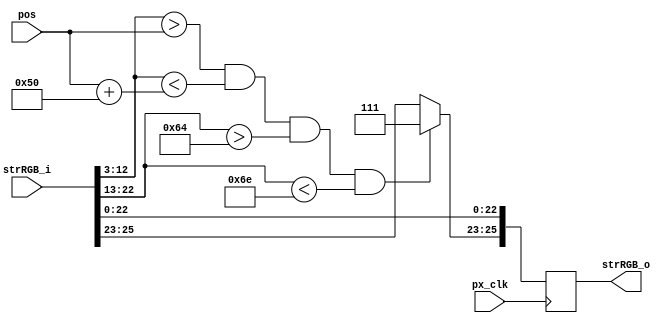
////////////////////////////////////////////////////////////////////////////////
// Company:     Ridotech
// Module Name: player.v
//
// Description: Draw a player in a stream RGB.
//
// Dependencies: 
//
// Revisions: 
//     0.01 - File created.
//
// Additional Comments:
//
////////////////////////////////////////////////////////////////////////////////
module player
#(
   parameter type_ply = 1'b0,      // Type of player. [Horizontal, Vertical]
   parameter pos_offset = 100      // Offset from border.
)(
   input wire         px_clk,       // Pixel clock.
   input wire  [25:0] strRGB_i,     // Input RGB stream.
   input wire  [9:0]  pos,          // Player position. 
   output wire [25:0] strRGB_o      // Output RGB stream.
);

    // Bit address alias. 
    `define Active 0:0
    `define VS 1:1
    `define HS 2:2
    `define YC 12:3
    `define XC 22:13
    `define R 23:23
    `define G 24:24
    `define B 25:25
    `define RGB 25:23
    `define VGA 22:0
    
    // Player dimension.
    parameter size_player = 80;
    parameter width_player = 10;

    localparam width_screen = 800;
    localparam height_screen = 600;

    parameter [2:0] white = 3'b111;

    // Output RGB stream pipeline register.
    reg [25:0] strRGB_reg;

    // Pipeline register for RGB stream.
    assign strRGB_o = strRGB_reg;

    // Draw player.
    always @(posedge px_clk)
    begin
        // Clone VGA stream in an output RGB stream.
        strRGB_reg[`VGA] <= strRGB_i[`VGA];

        // Which player type?
        case (type_ply)
            // Vertical player.
            1'b0 :
                begin
                strRGB_reg[`RGB] <= (
                                (strRGB_i[`YC] > pos) && (strRGB_i[`YC] < pos+size_player) &&
                                (strRGB_i[`XC] > pos_offset) && (strRGB_i[`XC] < pos_offset + width_player)
                                ) ? white : strRGB_i[`RGB];
                end
            // Horizontal player.
            1'b1 :
                begin
                strRGB_reg[`RGB] <= (
                                (strRGB_i[`XC] > pos) && (strRGB_i[`XC] < pos+size_player) &&
                                (strRGB_i[`YC] > pos_offset) && (strRGB_i[`YC] < pos_offset + width_player)
                                ) ? white : strRGB_i[`RGB];
                end
        endcase
    end

endmodule